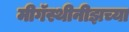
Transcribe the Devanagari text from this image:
मीगॅस्थीनीझच्या